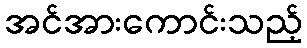
အင်အားကောင်းသည့်